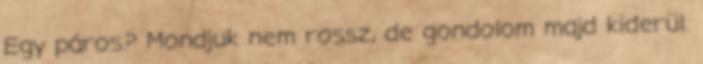
Egy páros? Mondjuk nem rossz, de gondolom majd kiderül.